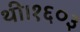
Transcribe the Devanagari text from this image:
थी।१६०३